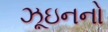
ઝૂઇનનો